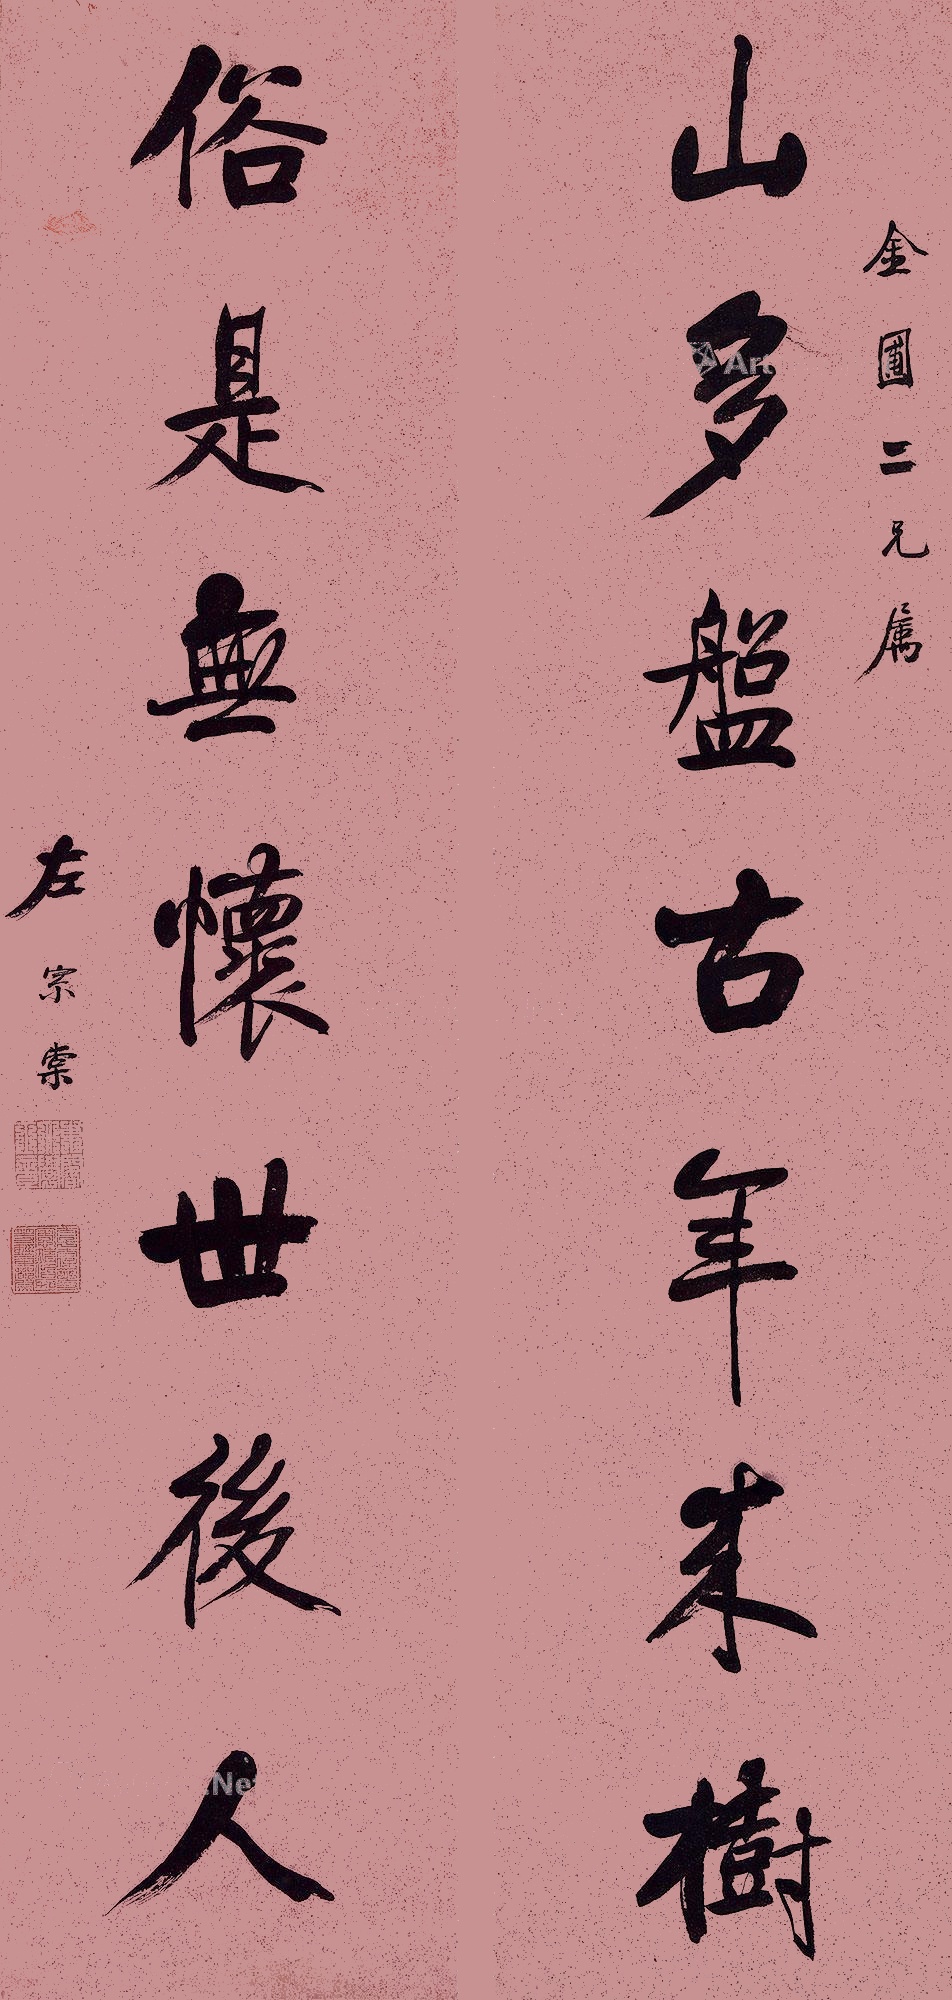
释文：山多盘古年来树，俗是无怀世后人金圃二兄属左宗棠